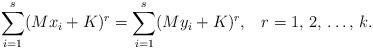
LaTeX: \begin{align*}\sum_{i=1}^s(Mx_i+K)^r=\sum_{i=1}^s(My_i+K)^r,\;\;\;r=1,\,2,\,\dots,\,k.\end{align*}